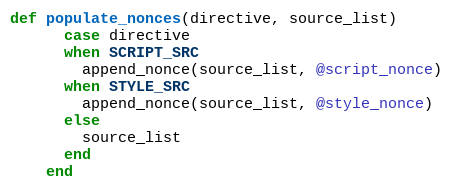
Language: Ruby
def populate_nonces(directive, source_list)
      case directive
      when SCRIPT_SRC
        append_nonce(source_list, @script_nonce)
      when STYLE_SRC
        append_nonce(source_list, @style_nonce)
      else
        source_list
      end
    end